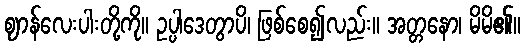
ဈာန်လေးပါးတို့ကို။ ဥပ္ပါဒေတွာပိ၊ ဖြစ်စေ၍လည်း။ အတ္တနော၊ မိမိ၏။